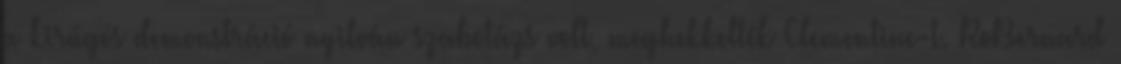
a kirúgós demonstráció nyilván szabotázs volt, meghekkelték Clementine-t. RoBernard